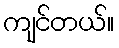
ကျင်တယ်။